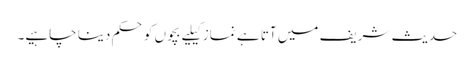
حدیث شریف میں آتا ہے نماز کیلیے بچوں کو حکم دینا چاہیے۔